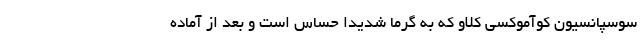
سوسپانسیون کوآموکسی کلاو که به گرما شدیدا حساس است و بعد از آماده